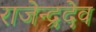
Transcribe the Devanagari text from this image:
राजेन्द्रदेव